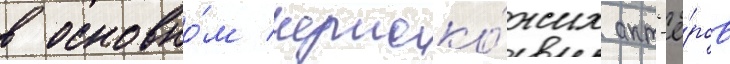
в основно́м черноко́жих акт'ё́ров